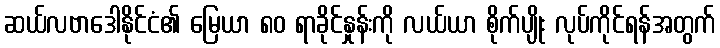
ဆယ်လဗာဒေါနိုင်ငံ၏ မြေယာ ၈၀ ရာခိုင်နှုန်းကို လယ်ယာ စိုက်ပျိုး လုပ်ကိုင်ရန်အတွက်